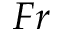
F r